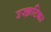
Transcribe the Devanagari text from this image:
उज्झटिका